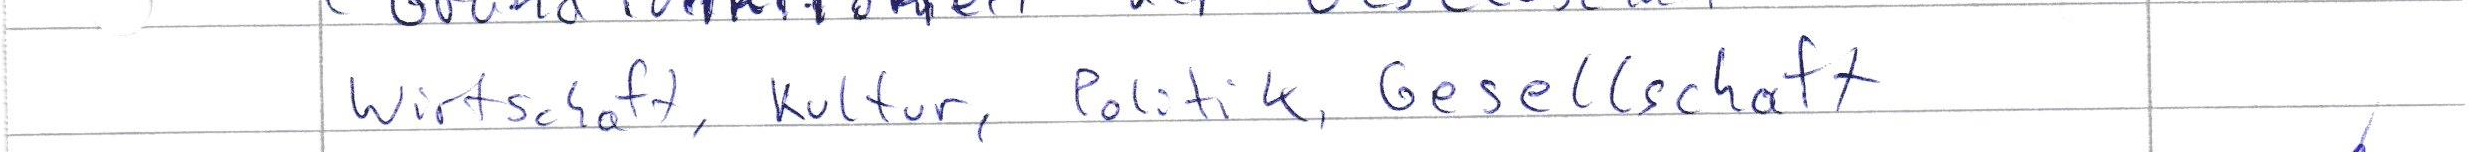
Wirtschaft, Kultur, Politik, Gesellschaft